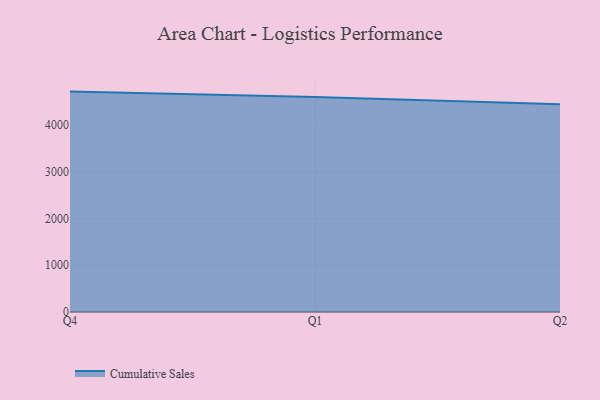
{"axis": {"x": "Quarter", "y": "Bounce Rate (%)"}, "legend": ["Cumulative Sales"], "data": [{"x": "Q4", "y": 4712.1, "type": "Cumulative Sales"}, {"x": "Q1", "y": 4598.3, "type": "Cumulative Sales"}, {"x": "Q2", "y": 4440.9, "type": "Cumulative Sales"}]}